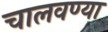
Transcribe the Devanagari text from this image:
चालवण्या